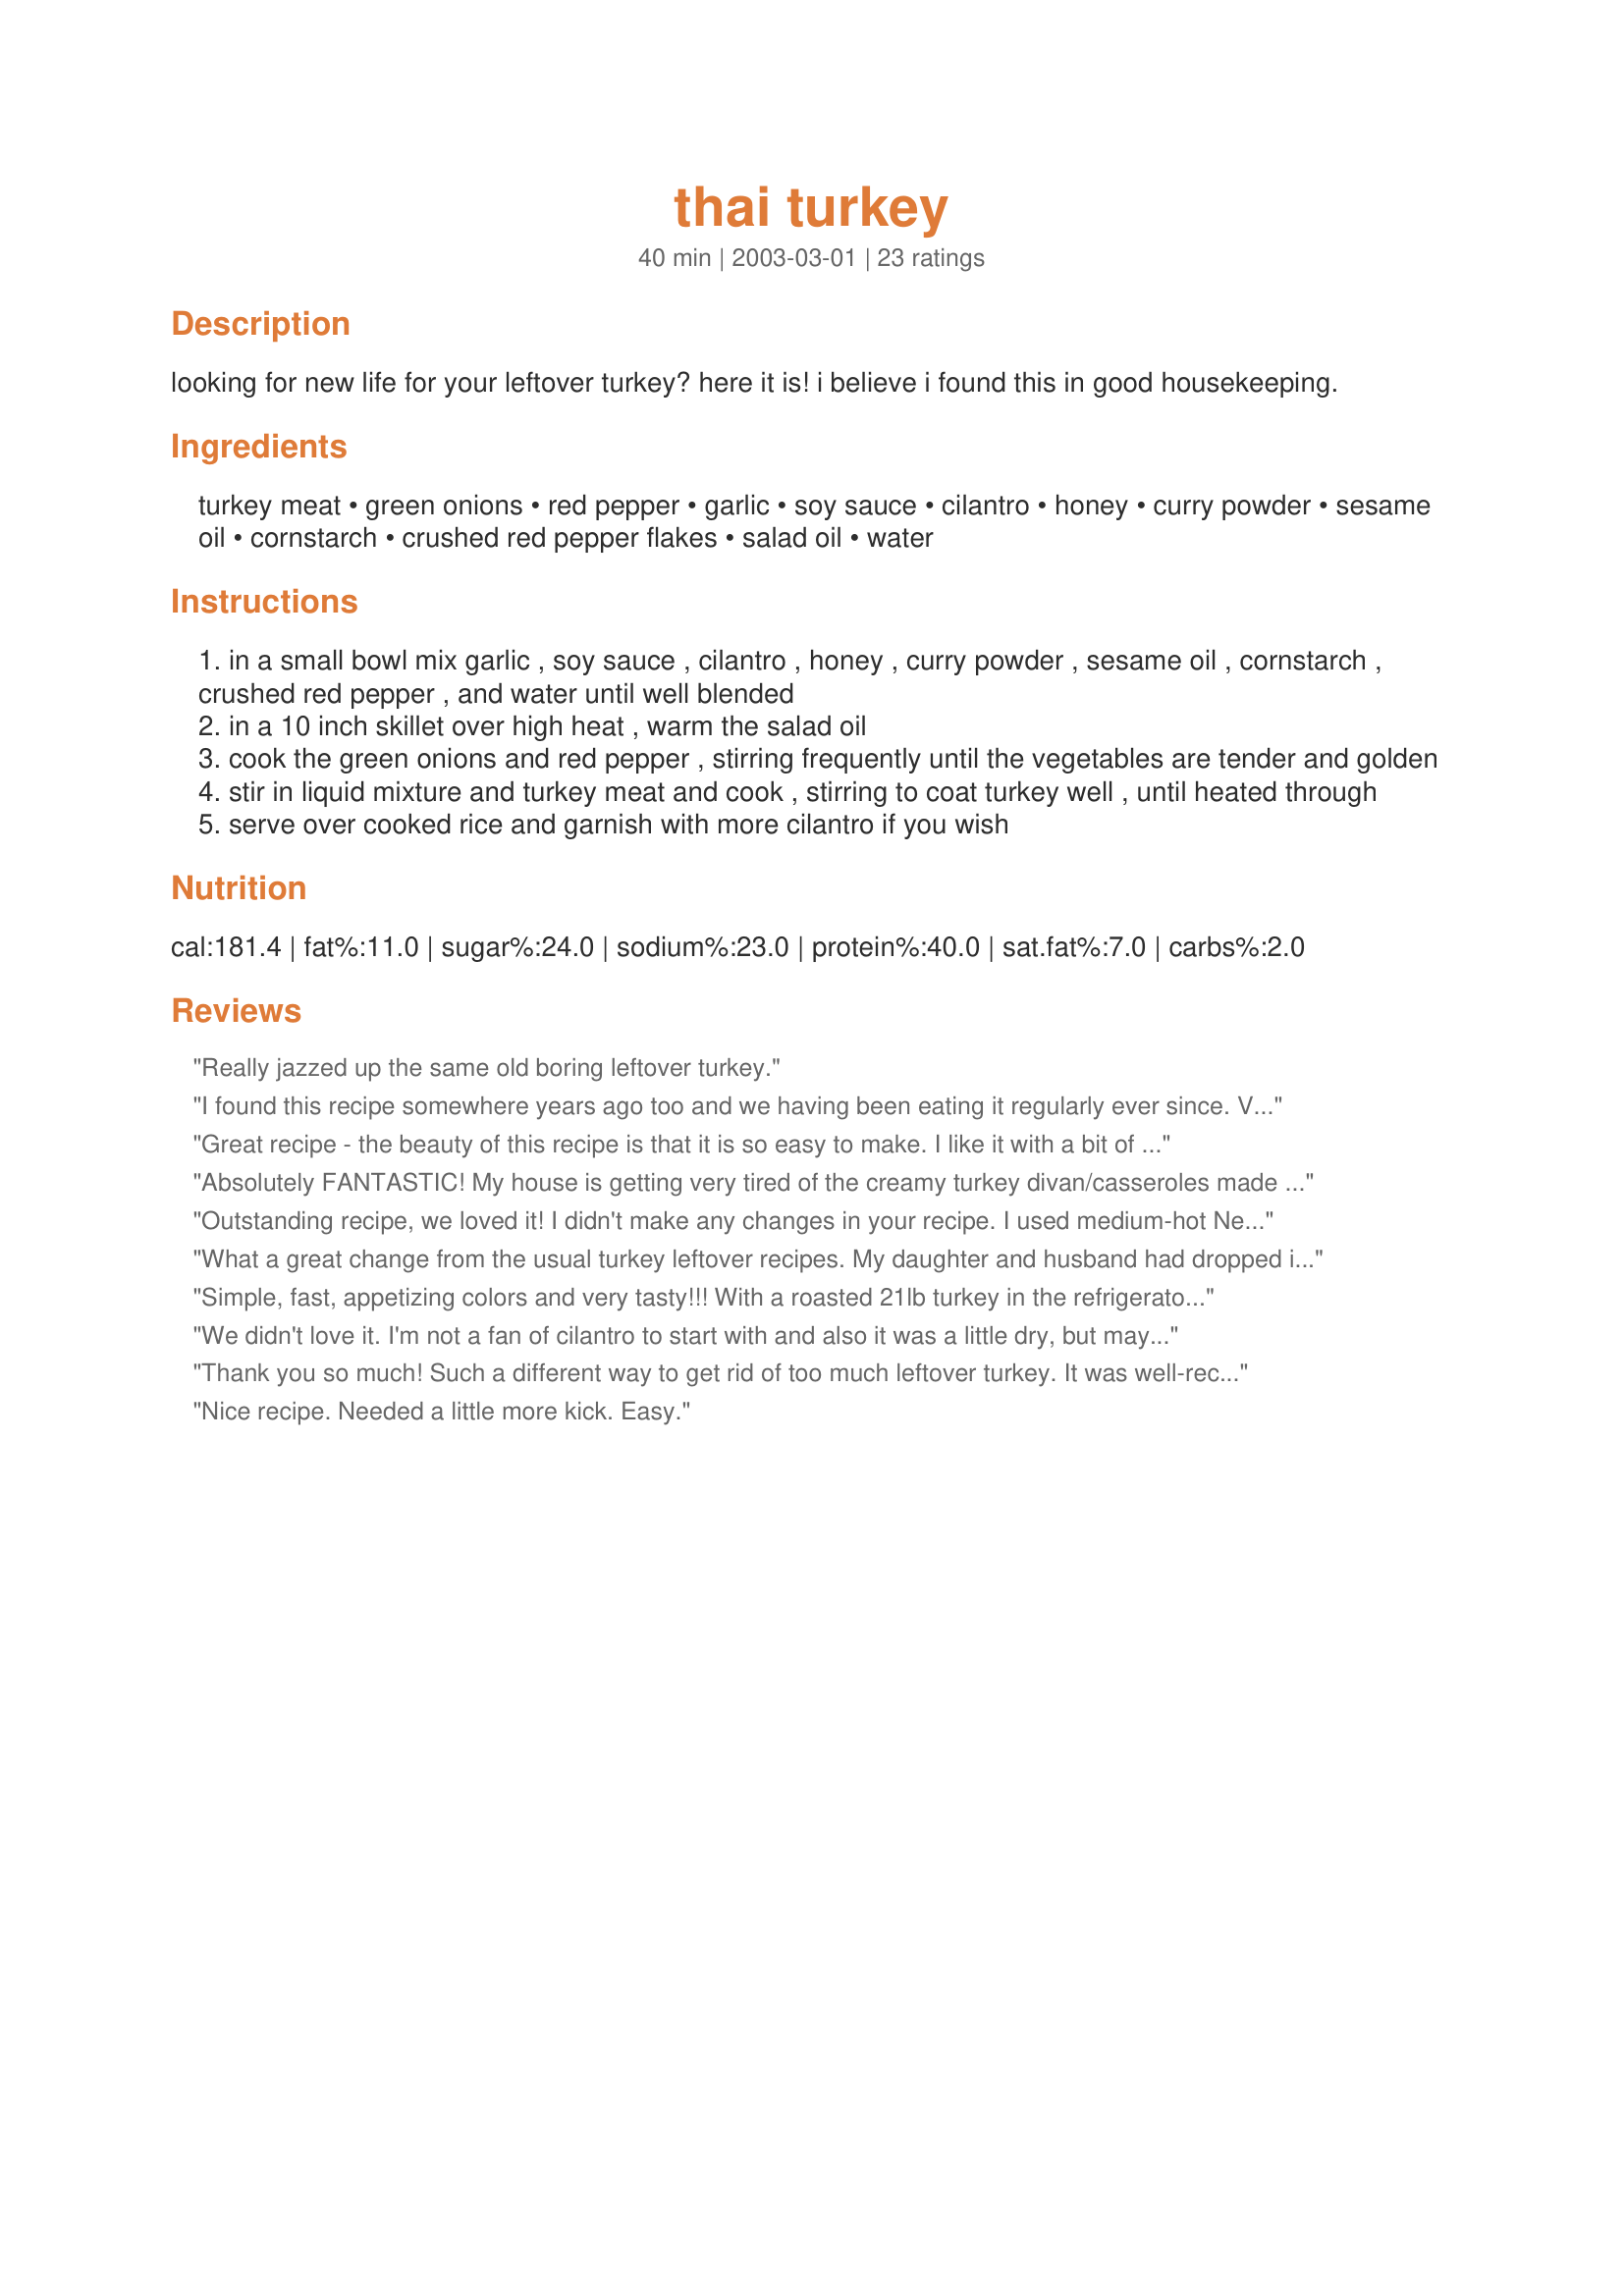
thai turkey
Preparation time: 40 minutes

looking for new life for your leftover turkey? here it is! i believe i found this in good housekeeping.

Ingredients:
turkey meat, green onions, red pepper, garlic, soy sauce, cilantro, honey, curry powder, sesame oil, cornstarch, crushed red pepper flakes, salad oil, water

Steps:
in a small bowl mix garlic , soy sauce , cilantro , honey , curry powder , sesame oil , cornstarch , crushed red pepper , and water until well blended
in a 10 inch skillet over high heat , warm the salad oil
cook the green onions and red pepper , stirring frequently until the vegetables are tender and golden
stir in liquid mixture and turkey meat and cook , stirring to coat turkey well , until heated through
serve over cooked rice and garnish with more cilantro if you wish

Reviews:
Really jazzed up the same old boring leftover turkey.
I found this recipe somewhere years ago too and we having been eating it regularly ever since. Very good! It is my favorite stir fry. Thanks for taking the time to post it here.
Great recipe - the beauty of this recipe is that it is so easy to make. I like it with a bit of lemon juice (or vinegar) Thanks!
Absolutely FANTASTIC! My house is getting very tired of the creamy turkey divan/casseroles made from the leftovers, as well as watching our waistlines. This dish is flavourful and a great alternative for leftover turkey or chicken. I made sure to double the sauce recipe.
Outstanding recipe, we loved it! I didn't make any changes in your recipe. I used medium-hot New Mexico caribe (red pepper flakes) and it was perfect for us. I also used smoked turkey that was in my freezer, both dark and white meat. I will definately be using this recipe again. Thanks for posting it.
What a great change from the usual turkey leftover recipes. My daughter and husband had dropped in just as I was finishing up this so since I had doubled the sauce already, I threw in some more turkey. We had rice and steamed snap peas. This will be made again and perhaps with a little more spice.
Simple, fast, appetizing colors and very tasty!!!
With a roasted 21lb turkey in the refrigerator, I decided to try as many new recipes as possible. Tonight Cresent turkey rolls. A few nights ago, I created turkey enchiladas some with mole, some with red sauce. I will submit that recipe soon.
We didn't love it. I'm not a fan of cilantro to start with and also it was a little dry, but maybe that was how the turkey started.
Thank you so much! Such a different way to get rid of too much leftover turkey. It was well-received at a potluck tonight, and this will go into my keeper file.
Nice recipe. Needed a little more kick. Easy.
Nice use of leftover turkey. I'll use some vegetables as well next time.
Delicious! My first thought as I took as bite was "Restaurant quality!" Yum. I doubled the recipe and used about half a medium yellow onion, sliced (no green on hand), and green peppers. Oh, and olive oil for the sesame oil. Omitted the red pepper flakes because I'm not a spice fan, though DH would have liked it.
This definitely had potential. It was kind of bland and definitely not enough sauce. I think if I jazzed it up a bit, it could be really good.
What can I say....I will actually no longer dread left over turkey. This was delicious. We had a sort of Thanksgiving in August and I have lots of leftover turkey...was dreading what to do with it. This was so good that I was afraid I might eat it all before my husband got home for dinner. Used dried cilantro, a mixture of mild and hot curries and didn't have sesame oil, so used olive instead. Served over plain brown rice. I may actually double the recipe next time. Thanks so much for saving us from the traditions left over turkey fare!
So good! Made just as written.
We really enjoyed this recipe as a nice change after Thanksgiving. The sauce is incredible -- there just wasn't enough of it! I halved the amount of turkey, onions and red pepper because there was only 2 of us but kept the sauce amounts the same and there still wasn't enough for our tastes. The other slight change I'd make would be to cook the garlic with the onion and red pepper, as I didn't feel it got cooked enough being added towards the end with the sauce. This took way less than 40 minutes for me to make, about half that, so the recipe gets top marks for being speedy.
Young daughters and vegetable-picky husband all gave rave reviews. This got a permanent place in my recipe box. I reduced the curry to 1 tsp and the red pepper flakes to 1/8 tsp since my girls can't take too much heat. Broccoli slaw mix was on sale so I used that for the vegetable and it worked out quite well. Thank you!
Very easy and tasty recipe. I agree with another post that the sauce is good just not enough of it. Nice flavour change after all that turkey on Christmas day.I added a few thinly sliced red onion with the peppers. Thanks for the recipe.
I am so glad to have found this recipe!!! I have tired of turkey/chicken leftover recipes which use creams soups (which I refuse to use) or cream sauce. This was VERY tasty...a wonderful combination of flavours. I doubled the sauce ingredients, except the honey as I am tyring to cut back on sugars..and it was great. A very simple yet quick recipe... preparation and cooking time was only about 20 minutes . I have already been asked to make it again.
Definitely a recipe to hold on to. Like other reviews stated, I doubled the sauce. I also added cauliflower and broccoli to the mix, yum!!! Good heat without being too spicy.
This was really good! I used green curry paste, because I didn't have the powder. I added sliced onion, green beans and jalapeno also just because I love them in stir frys. I've made this a few times now, once with turkey and once with chicken, and I recommend to double the sauce. I think this recipe could work with any type of meat or shrimps/scallops. We really enjoyed this, thanks!!
Made this using leftover chicken, I also added a little homemade Garam Masala, it was absolutely delicious. It is so good, that in future I will always buy bigger chickens than I need to make this. Thank you for posting.
My family loves the recipes. Taste great. I've already cooked this 3 times. Looks like I'll be making more of this.
